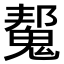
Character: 𮫠